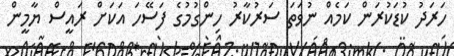
ހަރަދު ކުޑަކުރަން ކަމެއް ނުވަތަ ސަރުކާރު ހިންގުމުގެ ފަސޭހަ އަކަށް ރައީސް ޔާމީން